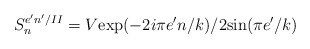
\begin{align*}S_{n}^{e'n'/II}=V\mbox{exp}(-2i\pi e'n/k)/2\mbox{sin}(\pi e'/k)\end{align*}